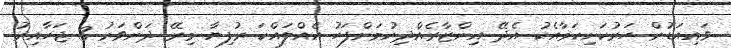
ވައިއަޑުން ހަރުކަށިކަމާއެކު އެދޭ އިންޒާރެއްދިނުމަށްފަހު އެއްލައްކަ ރުފިޔާ މިރޭ ދަންވަރު 3 ޖަހާއިރު